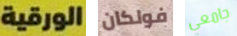
الورقية فولكان جامعي